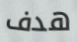
هدف